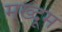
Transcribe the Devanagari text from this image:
मख्दूम